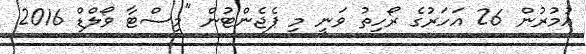
އުމުރުން 26 އަހަރުގެ ރޯހިތު ވަނީ މި ޕެޖެންޓުން "މިސްޓާ ވޯލްޑް 2016